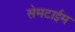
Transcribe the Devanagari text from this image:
सेमटाईम